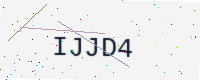
Text: IJJD4